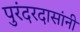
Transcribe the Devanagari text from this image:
पुरंदरदासांनी